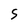
Character: S